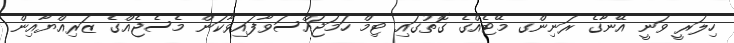
ހިލަރީ ވަނީ އޭނާގެ ރަނިންގ މޭޓެއްގެ ގޮތުގައި ޓިމް ހަމަޖައްސަވާފައިވާކަން މެސެޖެއްގެ ޒަރިއްޔާއިން